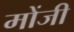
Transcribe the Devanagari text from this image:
मोंजी